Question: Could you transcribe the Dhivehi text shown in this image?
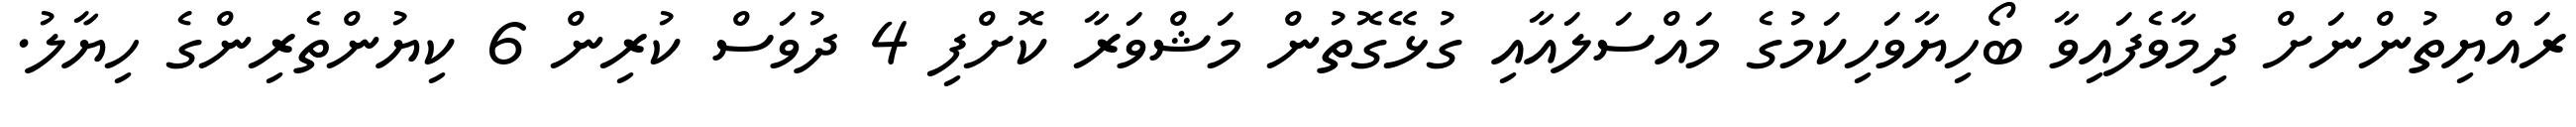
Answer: ރައްޔިތުންނަށް ދިމާވެފައިވާ ބޯހިޔާވަހިކަމުގެ މައްސަލައާއި ގުޅޭގޮތުން މަޝްވަރާ ކޮށްފި 4 ދުވަސް ކުރިން 6 ކިޔުންތެރިންގެ ހިޔާލު.